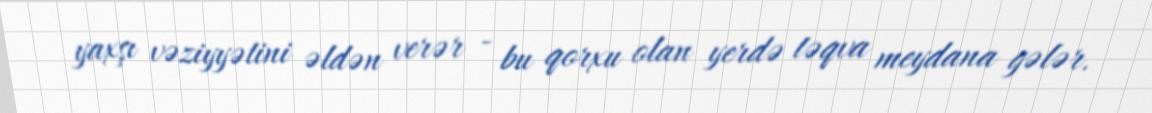
yaxşı vəziyyətini əldən verər - bu qorxu olan yerdə təqva meydana gələr.